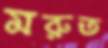
মরুত